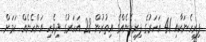
ފިރިހެނަކާއި 41 އަހަރުގެ ފިރިހެނެއްގެ އިތުރުން 28 އަހަރުގެ ދިވެހި އަންހެނެއް ކަމަށް